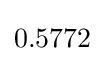
0.5772